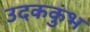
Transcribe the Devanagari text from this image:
उदककुंभ